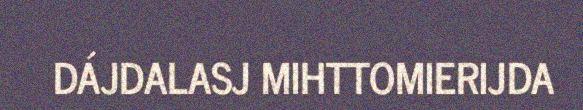
DÁJDALASJ MIHTTOMIERIJDA